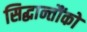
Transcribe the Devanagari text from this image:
सिद्धान्तौंको